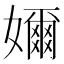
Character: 嬭